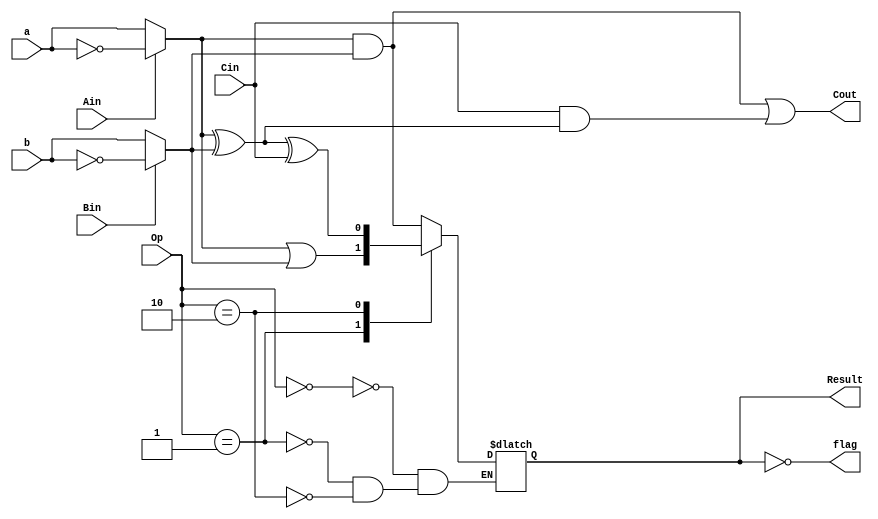
//ANKIT JAIN     17CO208
//NIKHIL H S     17CO217





module ALU(Result,Cout,flag,a,b,Ain,Bin,Cin,Op);

input a,b,Ain,Bin,Cin; // inputs a,b, Ainvert, Binvert, CarryIn
input [1:0] Op;
output Result, Cout, flag; // outputs result, flag, CarryOut
reg Result;
reg Aout,Bout;
reg S,Cout;

assign flag=~Result; // zero flag. Result=0 => flag=1

always @ (*)
begin
	if (Ain)	// Invert A
		Aout=~a;
	else
		Aout=a;
	if (Bin)
		Bout=~b;	// Invert B
	else
		Bout=b;
	S=(Aout^Bout^Cin);	// Full Adder
	Cout=(Aout&Bout)|(Cin&(Aout^Bout));
	case (Op)
		2'b00: Result = Aout & Bout; // AND
		2'b01: Result = Aout | Bout; // OR
		2'b10: Result = S; 
	endcase
end
endmodule